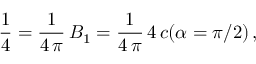
\frac { 1 } { 4 } = \frac { 1 } { 4 \, \pi } \, B _ { 1 } = \frac { 1 } { 4 \, \pi } \, 4 \, c ( \alpha = \pi / 2 ) \, { , }